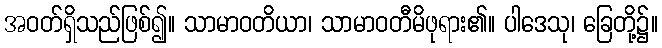
အဝတ်ရှိသည်ဖြစ်၍။ သာမာဝတိယာ၊ သာမာဝတီမိဖုရား၏။ ပါဒေသု၊ ခြေတို့၌။